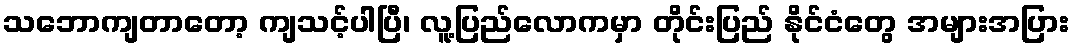
သဘောကျတာတော့ ကျသင့်ပါပြီ၊ လူ့ပြည်လောကမှာ တိုင်းပြည် နိုင်ငံတွေ အများအပြား